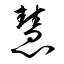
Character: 慧